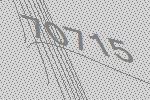
70715